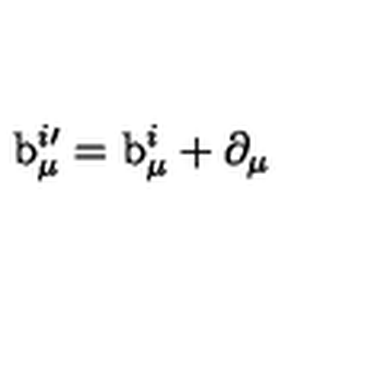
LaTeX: \mathrm { b } _ { \mu } ^ { i \prime } = \mathrm { b } _ { \mu } ^ { i } + \mathrm { \partial } _ { \mu }